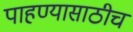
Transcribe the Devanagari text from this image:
पाहण्यासाठीच